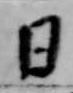
日